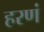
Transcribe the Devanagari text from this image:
हरणं